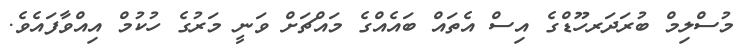
މުސްލިމް ބުރަދަރހޫޑްގެ އިސް އެތައް ބައެއްގެ މައްޗަށް ވަނީ މަރުގެ ހުކުމް އިއްވާފައެވެ.